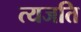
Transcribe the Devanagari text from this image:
त्यजति